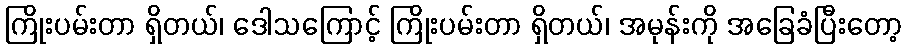
ကြိုးပမ်းတာ ရှိတယ်၊ ဒေါသကြောင့် ကြိုးပမ်းတာ ရှိတယ်၊ အမုန်းကို အခြေခံပြီးတော့